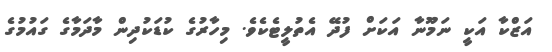
އަޒްކާ އަކީ ނަމޫނާ އަކަށް ފުދޭ އެތުލީޓެކެވެ. މިހާރުގެ ކުޑަކުދިން މާދަމާގެ ގައުމުގެ